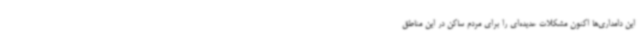
این دامداری‌ها اکنون مشکلات عدیده‌ای را برای مردم ساکن در این مناطق